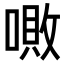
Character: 𠼚